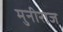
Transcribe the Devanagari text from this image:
मुनीराज